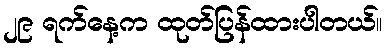
၂၉ ရက်နေ့က ထုတ်ပြန်ထားပါတယ်။